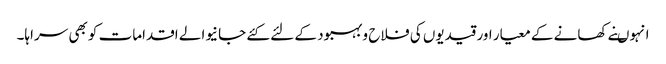
انہوںنے کھانے کے معیار اور قیدیوں کی فلاح و بہبود کے لئے کئے جانیوالے اقدامات کو بھی سراہا۔